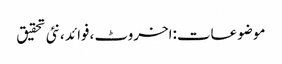
موضوعات:اخروٹ ،فوائد ،نئی تحقیق